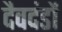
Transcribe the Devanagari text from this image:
दैवदंडों